Insane asylums in Bengal annual reports 1876-1887 - 1876-1887
Year: 1876
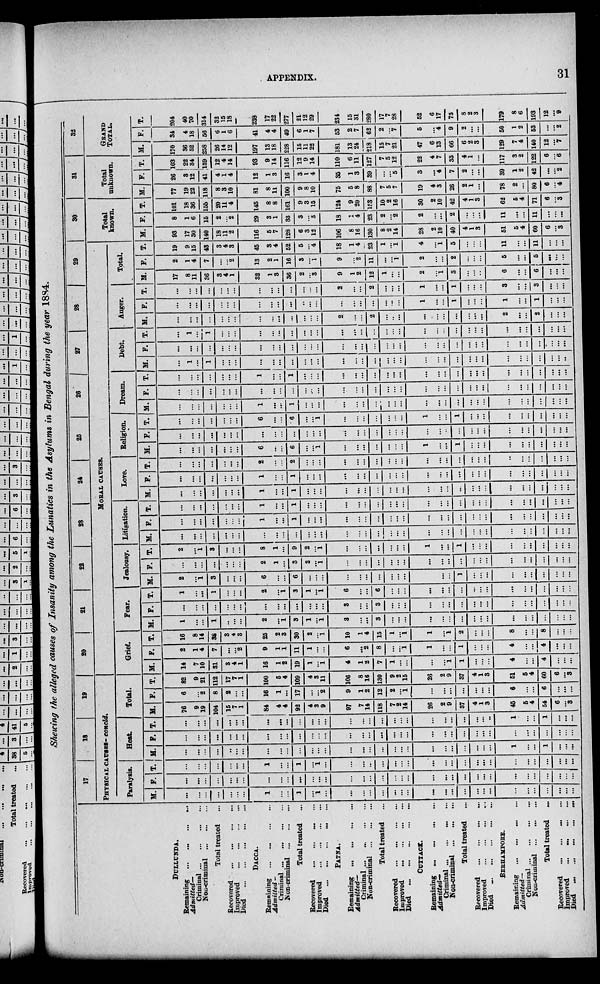
APPENDIX.
31
Showing the alleged causes of Insanity among the Lunatics in the Asylums in Bengal during the year 1884.
DULLUNDA.
Remaining ... ... ... ...
Admitted—
Criminal
...
...
...
...
Non-criminal
...
...
...
Total treated ...
Recovered
...
...
...
...
Improved
...
...
...
...
Died
...
...
...
...
...
DACCA.
Remaining
...
...
...
...
Admitted -
Criminal
...
...
...
...
Non-criminal
...
...
...
Total treated ...
Recovered
...
...
...
...
Improved
...
...
...
...
Died
...
...
...
...
...
PATNA.
Remaining ... ... ... ...
Admitted—
Criminal ... ... ... ...
Non-criminal ... ... ...
Total treated ...
Recovered ... ... ... ...
Improved ... ... ... ...
Died ... ... ... ... ...
CUTTACK.
Remaining ... ... ... ...
Admitted-
Criminal
...
...
...
...
Non-criminal
...
...
...
Total treated ...
Recovered
...
...
...
...
Improved
...
...
...
...
Died
...
...
...
...
...
BERHAMPORE.
Remaining ... ... ... ...
Admitted—
Criminal ... ... ... ... ...
Non-criminal
...
...
...
Total treated ...
Recovered
...
...
...
...
Improved
...
...
...
...
Died
...
...
...
...
...
17
18
19
PHYSICAL CAUSES- concld.
Paralysis.
M.
...
...
...
...
...
...
...
1
...
...
1
...
1
...
...
...
...
...
...
...
...
...
...
...
...
...
...
...
...
...
...
...
...
...
...
F.
...
...
...
...
...
...
...
...
...
...
...
...
...
...
...
...
...
...
...
...
...
...
...
...
...
...
...
...
...
...
...
...
...
...
...
T.
...
...
...
...
...
...
...
1
...
...
1
...
1
...
...
...
...
...
...
...
...
...
...
...
...
...
...
...
...
...
...
...
...
...
...
Heat
M.
...
...
...
...
..
...
...
...
...
...
...
...
...
...
...
...
...
...
...
...
...
...
...
...
...
...
...
...
1
...
...
1
...
...
...
F.
...
...
...
...
...
...
...
...
...
...
...
...
...
...
...
...
...
...
...
...
...
...
...
...
...
...
...
...
...
...
...
...
...
...
...
T.
...
...
...
...
...
...
...
...
...
...
...
...
...
...
...
...
...
...
...
...
...
...
....
...
...
...
...
..
1
...
...
1
...
...
...
Total.
M.
76
9
19
104
15
7
1
84
4
4
92
4
3
9
97
7
14
118
7
2
14
26
2
9
37
4
1
3
45
5
4
54
6
...
8
F.
6
...
2
8
2
...
...
16
1
...
17
...
...
2
9
1
2
12
2
...
1
...
...
...
...
...
...
...
6
...
...
6
...
...
...
T.
82
9
21
112
17
7
1
100
5
4
109
4
3
11
106
8
16
130
9
2
15
26
2
9
37
4
1
3
51
5
4
60
6
...
8
20
21
22
28
24
25
26
27
28
29
MORAL CAUSES.
Grief.
M.
14
7
10
31
3
4
1
16
1
2
19
1
...
1
4
1
2
7
1
...
...
...
...
1
1
...
...
...
4
...
...
4
...
...
...
F.
2
1
4
7
...
...
2
9
1
1
11
1
...
...
6
...
2
8
...
...
1
1
...
...
1
...
...
...
4
...
...
4
...
...
...
T.
16
8
14
38
3
4
3
25
2
3
30
2
...
1
10
1
4
15
1
...
1
1
...
1
2
...
...
...
8
...
...
8
...
...
...
Fear.
M.
1
...
...
1
...
...
...
2
...
1
3
1
...
1
3
...
...
3
...
...
...
...
...
...
...
...
...
...
...
...
...
...
...
...
...
F.
...
...
...
...
...
...
...
...
...
...
...
...
...
...
3
...
...
3
...
...
...
...
...
...
...
...
...
...
...
...
...
...
...
...
...
T.
1
...
...
1
...
...
...
2
...
1
3
1
...
1
6
...
...
6
...
...
...
...
...
...
...
...
...
...
...
...
...
...
...
...
...
Jealousy.
M.
2
...
1
3
...
...
...
6
...
...
6
...
...
...
...
...
...
...
...
...
...
...
...
...
1
...
...
....
...
...
...
...
...
...
...
F.
...
...
...
...
...
...
...
2
1
...
3
2
...
1
...
...
...
...
...
...
...
...
...
...
...
...
...
...
...
...
...
...
...
...
...
T.
2
...
1
3
...
...
...
8
1
...
9
2
...
1
...
...
...
...
...
...
...
1
...
...
1
...
...
...
...
...
...
...
...
...
...
Litigation.
M.
...
...
...
...
...
...
...
...
...
...
...
...
...
...
...
...
...
...
...
...
...
...
...
...
...
...
...
...
...
...
...
...
...
...
...
F.
...
...
...
...
...
...
...
1
...
...
1
...
...
...
...
...
...
...
...
...
...
...
...
...
...
...
...
...
...
...
...
...
...
...
...
T.
...
...
...
...
...
...
...
1
...
...
1
...
...
...
...
...
...
...
...
...
...
...
...
...
...
...
...
...
...
...
...
...
...
...
...
Love.
M.
...
...
...
...
...
...
...
1
...
...
1
...
...
...
...
...
...
...
...
...
...
...
...
...
...
...
...
...
...
...
...
...
...
...
...
F.
...
...
...
...
...
...
...
1
...
...
1
...
...
...
...
...
...
...
...
...
...
...
...
...
...
...
...
...
...
...
...
...
...
...
...
T.
...
...
...
...
...
...
...
2
...
...
2
...
...
...
...
...
...
...
...
...
...
...
...
...
...
...
...
...
...
...
...
...
...
...
...
Religion.
M.
...
...
...
...
...
...
...
6
...
...
6
...
...
1
...
...
...
...
...
...
...
1
...
...
1
...
...
...
...
...
...
...
...
...
...
F.
...
...
...
...
...
...
...
...
...
...
...
...
...
...
...
...
...
...
...
...
...
...
...
..
...
...
...
...
...
...
...
...
...
...
...
T.
...
...
...
...
...
...
...
6
...
...
.6
...
...
1
...
...
...
...
...
...
...
1
...
...
1
...
...
...
...
...
...
...
...
...
...
Dream.
M.
...
...
...
...
...
...
...
1
...
...
1
...
...
...
...
...
...
...
...
...
...
...
...
...
...
...
...
...
...
...
...
...
...
...
...
F.
...
...
...
...
...
...
...
...
...
...
...
...
...
...
...
...
...
...
...
...
...
...
...
...
...
...
...
...
...
...
...
...
...
...
...
T.
...
...
...
...
...
...
...
1
...
...
1
...
...
...
...
...
...
...
...
...
...
...
...
...
...
...
...
...
...
...
...
...
...
...
...
Debt.
M.
...
1
...
1
...
...
...
...
...
...
...
...
...
...
...
...
...
...
...
...
...
...
...
...
...
...
...
...
...
...
...
...
...
...
...
F.
...
...
...
...
...
...
...
...
...
...
...
...
...
...
...
...
...
...
...
...
...
...
...
...
...
...
...
...
...
...
...
...
...
...
...
T.
...
1
...
1
...
...
...
...
...
...
...
...
...
...
...
...
...
...
...
...
...
...
...
...
...
...
...
...
...
...
...
...
...
...
...
Anger.
M.
...
...
...
...
...
...
...
...
...
...
...
...
...
...
2
...
...
2
...
...
...
...
...
...
...
...
...
...
2
...
...
2
...
...
...
F.
...
...
...
...
...
...
...
...
...
...
...
...
...
...
...
...
...
...
...
...
...
1
....
...
1
...
...
...
1
...
...
1
...
...
...
T.
...
...
...
...
...
...
...
...
...
...
...
...
...
...
2
...
...
2
...
...
...
1
...
...
1
....
...
...
3
...
...
3
...
...
...
Total.
M.
17
8
11
36
3
4
1
32
1
3
36
2
...
3
9
1
2
12
1
...
...
2
...
1
3
...
...
..
6
...
...
6
...
...
...
F.
2
1
4
7
...
...
2
13
2
1
16
3
...
1
9
...
2
11
...
...
1
2
...
...
2
...
...
...
5
...
...
5
...
...
...
T.
19
9
15
43
3
4
3
45
3
4
52
5
...
4
18
1
4
23
1
...
1
4
...
1
5
...
...
...
11
...
...
11
...
...
...
30
Total
known.
M.
93
17
30
140
18
11
2
116
5
7
128
6
3
12
106
8
16
130
8
2
14
28
2
10
40
4
1
3
51
5
4
60
6
...
3
F.
8
1
6
15
2
... 2
29
3
1
33
3
...
3
18
...
4
23
2
...
2
2
...
...
2
...
...
...
11
...
...
11
...
...
...
T.
101
18
36
155
20
11
4
145
8
8
161
9
3
15
124
9
20
153
10
2
16
30
2
10
42
4
1
3
62
5
4
71
6
...
3
31
Total
unknown.
M.
77
19
22
118
8
3
10
81
8
11
100
9
8
10
75
5
8
88
7
5
7
19
4
3
26
2
1
...
78
2
...
80
6
...
4
F.
26
3
12
41
4
1
4
12
1
3
16
3
1
4
35
1
3
39
...
...
5
3
...
4
7
2
...
...
39
1
2
42
...
...
2
T.
103
22
34
159
12
4
14
93
9
14
116
12
9
14
110
6
11
127
7
5
12
22
4
7
33
4
1
...
117
3
2
122
6
...
6
32
GRAND
TOTAL.
M.
170
36
52
258
26
14
12
197
13
18
228
15
11
22
181
13
24
218
15
7
21
47
6
13
66
6
2
3
129
7
4
140
12
...
7
F.
34
4
18
56
6
1
6
41
4
4
49
6
1
7
53
2
7
62
2
...
7
5
...
4
9
2
...
...
50
1
2
53
...
...
2
T.
204
40
70
314
32
15
18
238
17
22
277
21
12
29
234
15
31
280
17
7
28
52
6
17
75
3
2
3
179
8
6
193
12
...
9